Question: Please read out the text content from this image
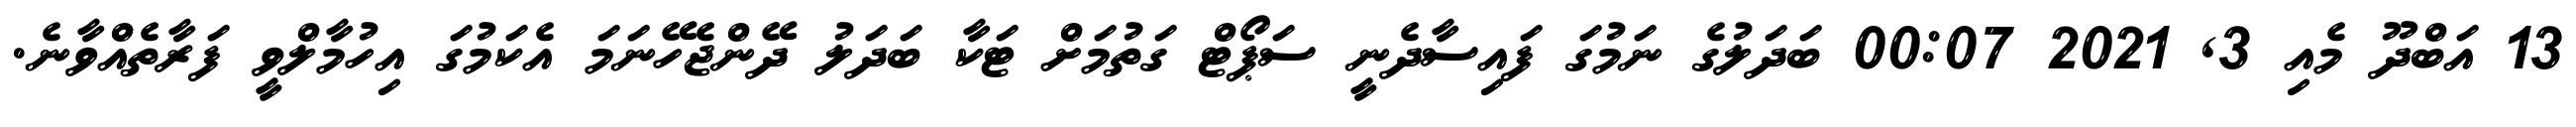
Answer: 13 އަބްދޫ މެއި 3, 2021 00:07 ބަދަލުގެ ނަމުގަ ފައިސާދެނީ ސަޕޯޓް ގަތުމަށް ޓަކާ ބަދަލު ދޭންޖެހޭނަމަ އެކަމުގަ އިހުމާލްވީ ފަރާތެއްވާނެ.